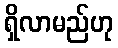
ရှိလာမည်ဟု